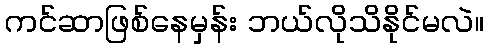
ကင်ဆာဖြစ်နေမှန်း ဘယ်လိုသိနိုင်မလဲ။